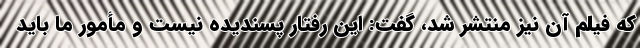
که فیلم آن نیز منتشر شد، گفت: این رفتار پسندیده نیست و مأمور ما باید